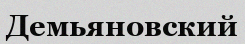
Демьяновский